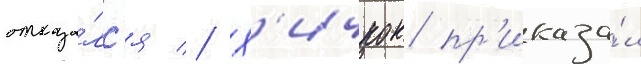
отказа́лс'я // Х'ичкок пр'иказа́л